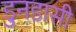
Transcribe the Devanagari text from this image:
डुनडासी